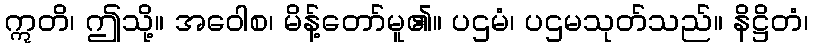
ဣတိ၊ ဤသို့။ အဝေါစ၊ မိန့်တော်မူ၏။ ပဌမံ၊ ပဌမသုတ်သည်။ နိဋ္ဌိတံ၊